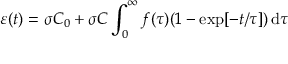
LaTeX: \varepsilon ( t ) = \sigma C _ { 0 } + \sigma C \int _ { 0 } ^ { \infty } f ( \tau ) ( 1 - \exp [ - t / \tau ] ) \, \mathrm { d } \tau